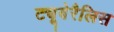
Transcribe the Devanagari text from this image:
ट्यूबेरैलिस